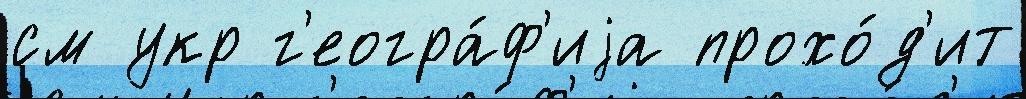
см укр г'еогра́ф'иjа прохо́д'ит